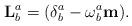
LaTeX: \begin{align*}\mathbf{L}_{b}^{a}=(\delta_{b}^{a}-\omega_{b}^{a}\mathbf{m}).\end{align*}